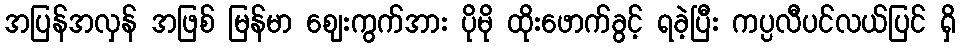
အပြန်အလှန် အဖြစ် မြန်မာ ဈေးကွက်အား ပိုမို ထိုးဖောက်ခွင့် ရခဲ့ပြီး ကပ္ပလီပင်လယ်ပြင် ရှိ